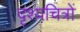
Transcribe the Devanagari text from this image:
दृश्यचित्रों